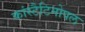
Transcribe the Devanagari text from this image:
कांस्टैटिनोपल